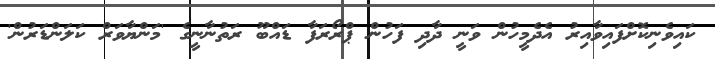
ކައިވެނިކޮށްފައިވާއިރު އެދެމީހުން ވަނީ ދާދި ފަހުން ޕްރޯރަފާ ޑައްބޫ ރަތުނާނީގެ 'މަންޔާވަރް ކަލަންޑަރުން'